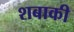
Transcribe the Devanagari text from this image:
शबाकी